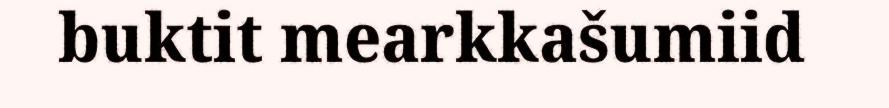
buktit mearkkašumiid